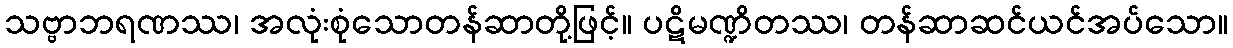
သဗ္ဗာဘရဏဿ၊ အလုံးစုံသောတန်ဆာတို့ဖြင့်။ ပဋိမဏ္ဍိတဿ၊ တန်ဆာဆင်ယင်အပ်သော။